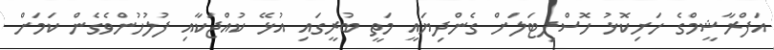
އަފްރާޝީމްގެ ހަށިކޮޅު ހޮސްޕިޓަލަށް ގެންދިޔައީ މަތީ ބުރީގައި އުޅޭ ކުއްޖަކާއި ފުލުހުންވެގެން ކަމަށް